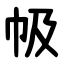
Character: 㠷